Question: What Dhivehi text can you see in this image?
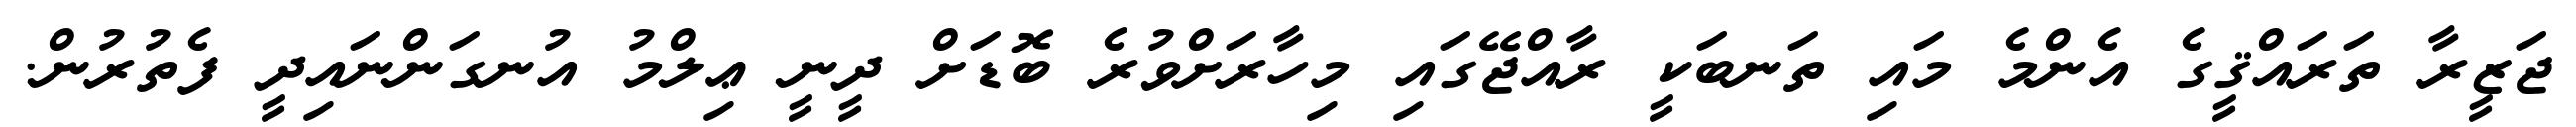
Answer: ޖަޒީރާ ތަރައްޤީގެ އެންމެ މައި ތަނބަކީ ރާއްޖޭގައި މިހާރަށްވުރެ ބޮޑަށް ދީނީ ޢިލްމު އުނގަންނައިދީ ފެތުރުން.